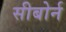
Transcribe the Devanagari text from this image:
सीबोर्न